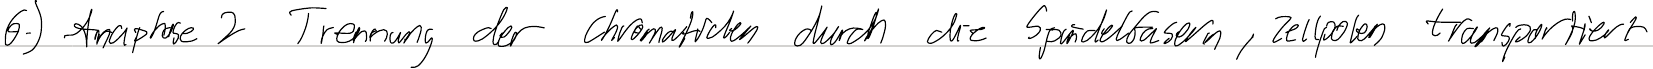
6.) Anaphase 2 Trennung der Chromatiden durch die Spindelfasern, Zellpolen transportiert